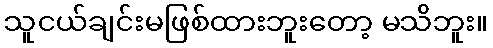
သူငယ်ချင်းမဖြစ်ထားဘူးတော့ မသိဘူး။